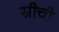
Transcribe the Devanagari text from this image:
स्रीची